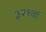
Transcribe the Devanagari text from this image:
३२१वॉ